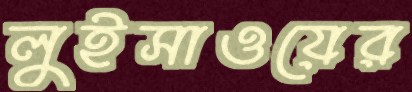
লুইসাওয়ের